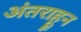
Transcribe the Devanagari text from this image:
अंतराहून